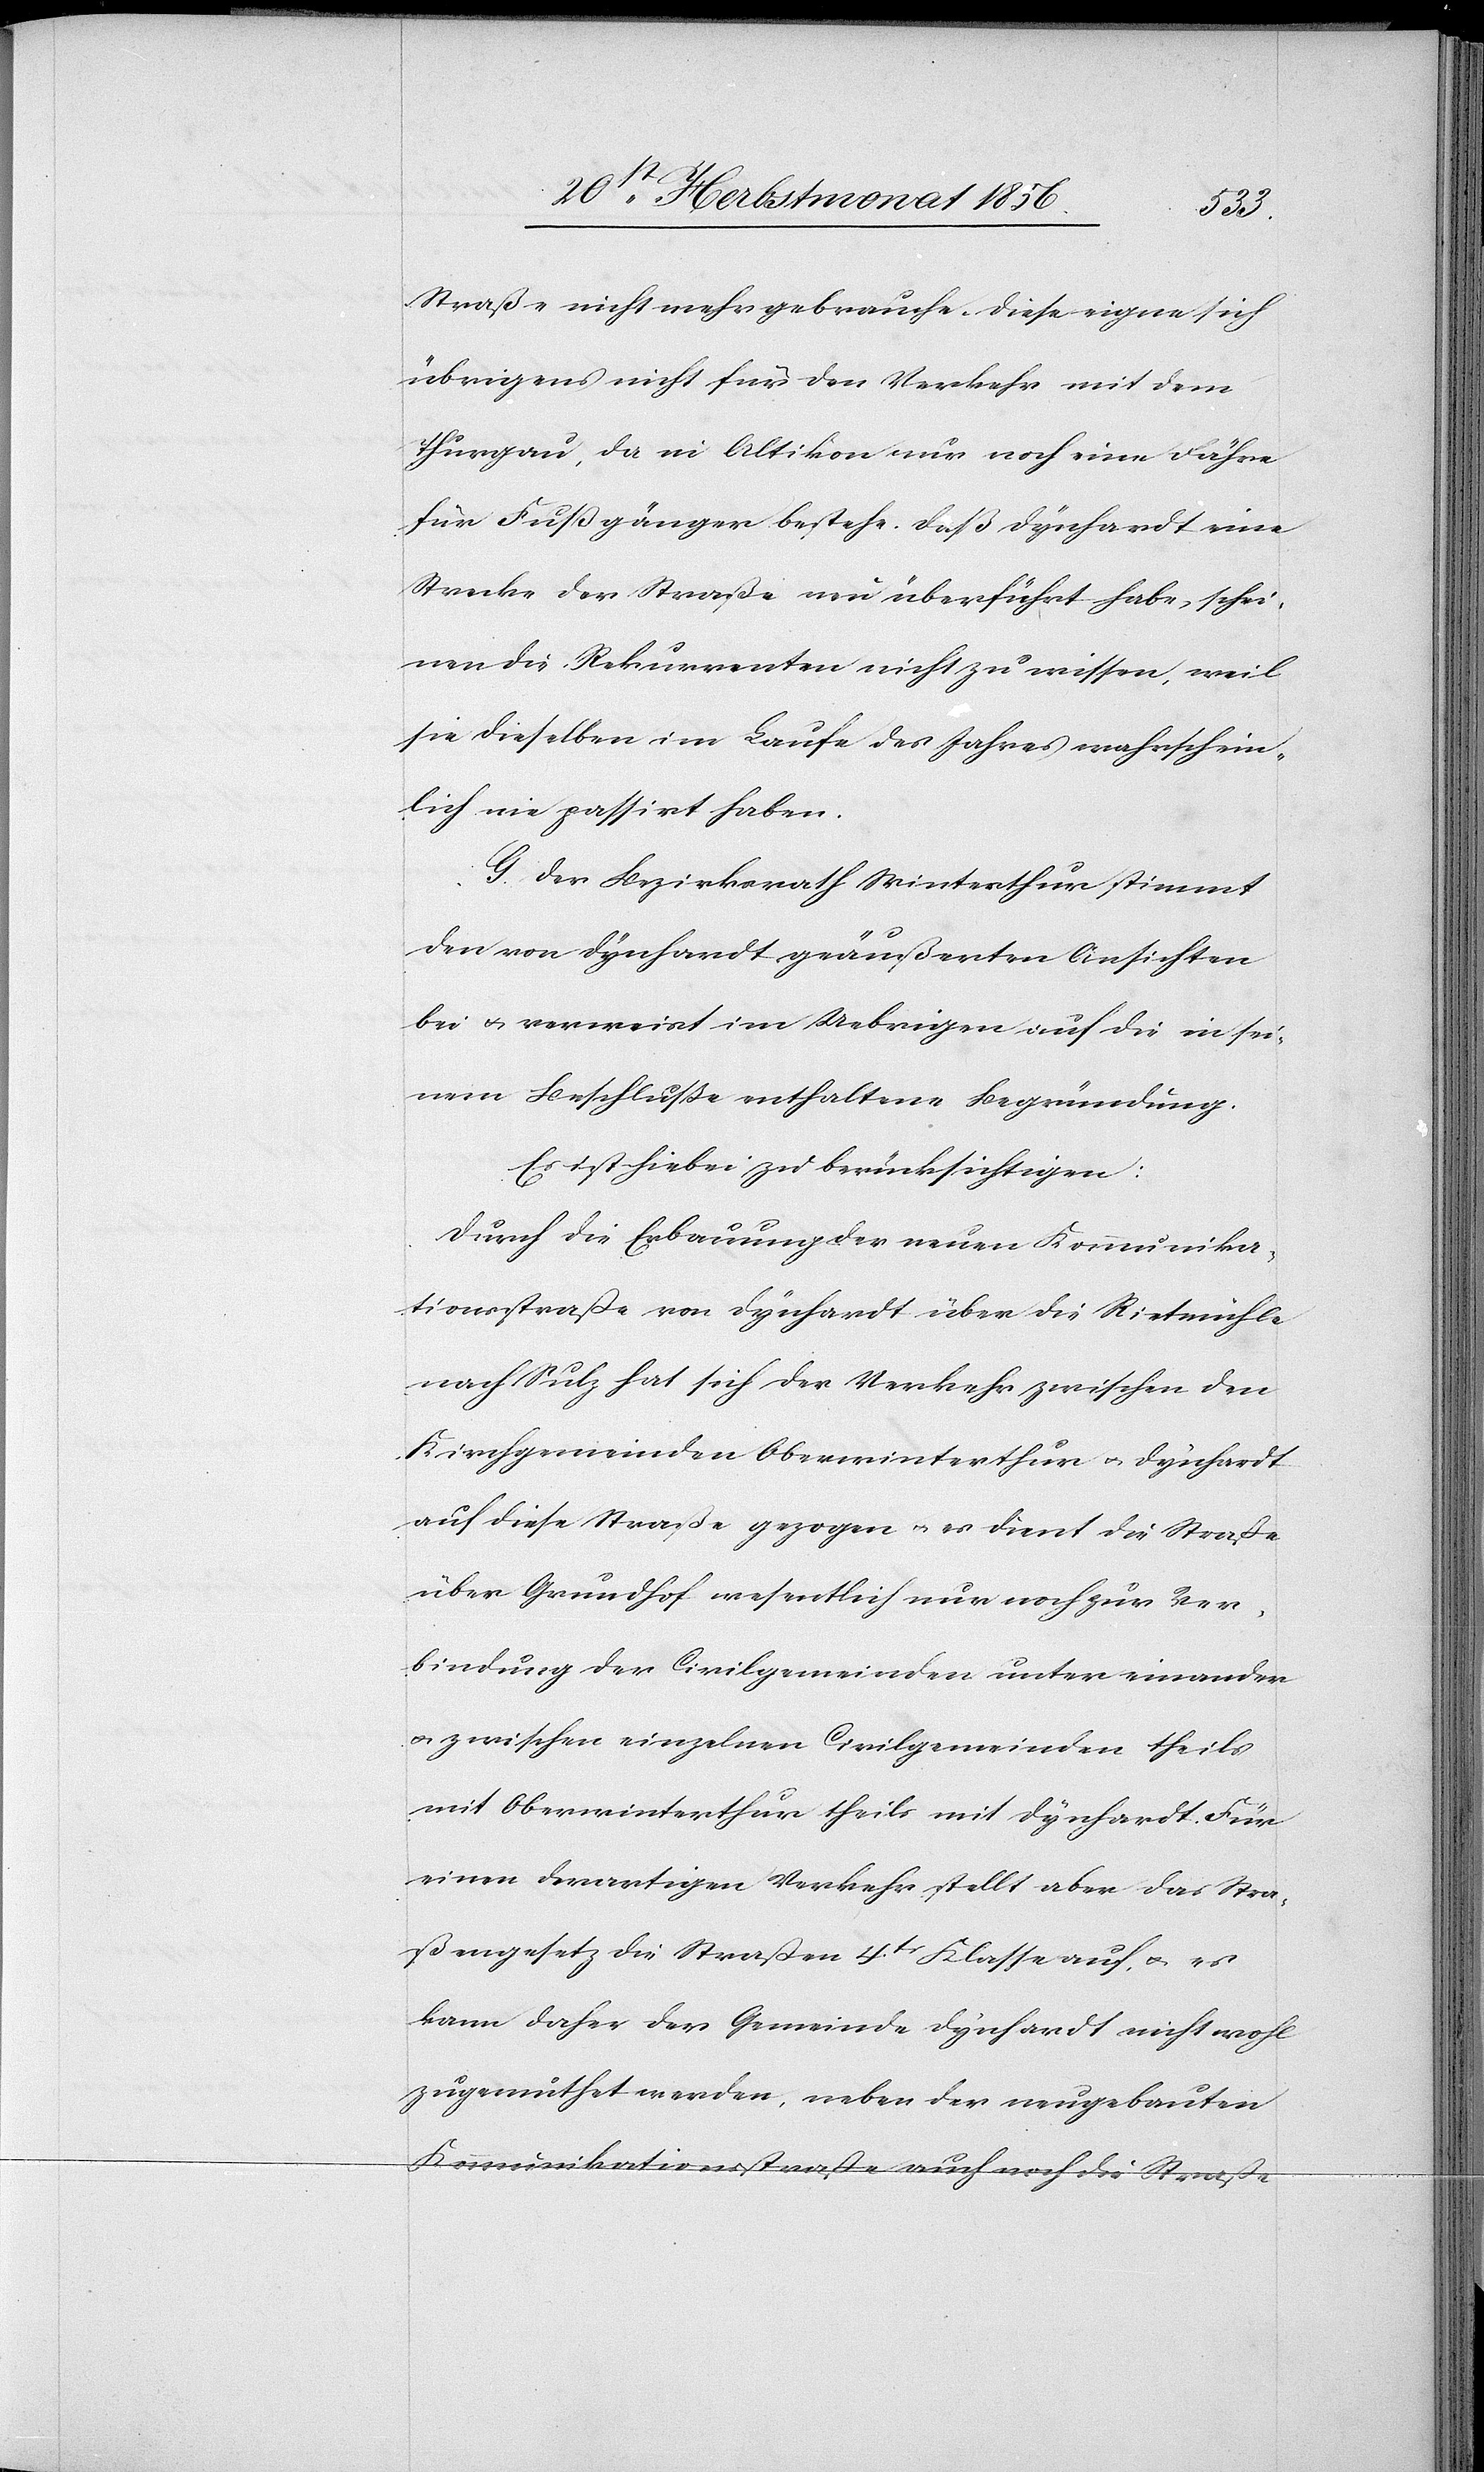
Straße nicht mehr gebrauche. Diese eigne sich
übrigens nicht für den Verkehr mit dem
Thurgau, da in Altikon nur noch eine Fähre
für Fußgänger bestehe. Daß Dynhardt eine
Strecke der Straße neu überführt habe, schei¬
nen die Rekurrenten nicht zu wissen, weil
sie dieselben im Laufe des Jahres wahrschein¬
lich nie passirt haben.
G. Der Bezirksrath Winterthur stimmt
den von Dynhardt geäußerten Ansichten
bei u. verweist im Uebrigen auf die in sei¬
nem Beschluße enthaltene Begründung.
Es ist hiebei zu berücksichtigen:
Durch die Erbauung der neuen Kommunika¬
tionsstraße von Dynhardt über die Rietmühle
nach Sulz hat sich der Verkehr zwischen den
Kirchgemeinden Oberwinterthur u. Dynhardt
auf diese Straße gezogen u. es dient die Straße
über Grundhof wesentlich nur noch zur Ver¬
bindung der Civilgemeinden unter einander
u. zwischen einzelnen Civilgemeinden theils
mit Oberwinterthur theils mit Dynhardt. Für
einen derartigen Verkehr stellt aber das Stra¬
ßengesetz die Straßen 4tr Klasse auf, u. es
kann daher der Gemeinde Dynhardt nicht wohl
zugemuthet werden, neben der neugebauten
Kommunikationsstraße auch noch die Straße